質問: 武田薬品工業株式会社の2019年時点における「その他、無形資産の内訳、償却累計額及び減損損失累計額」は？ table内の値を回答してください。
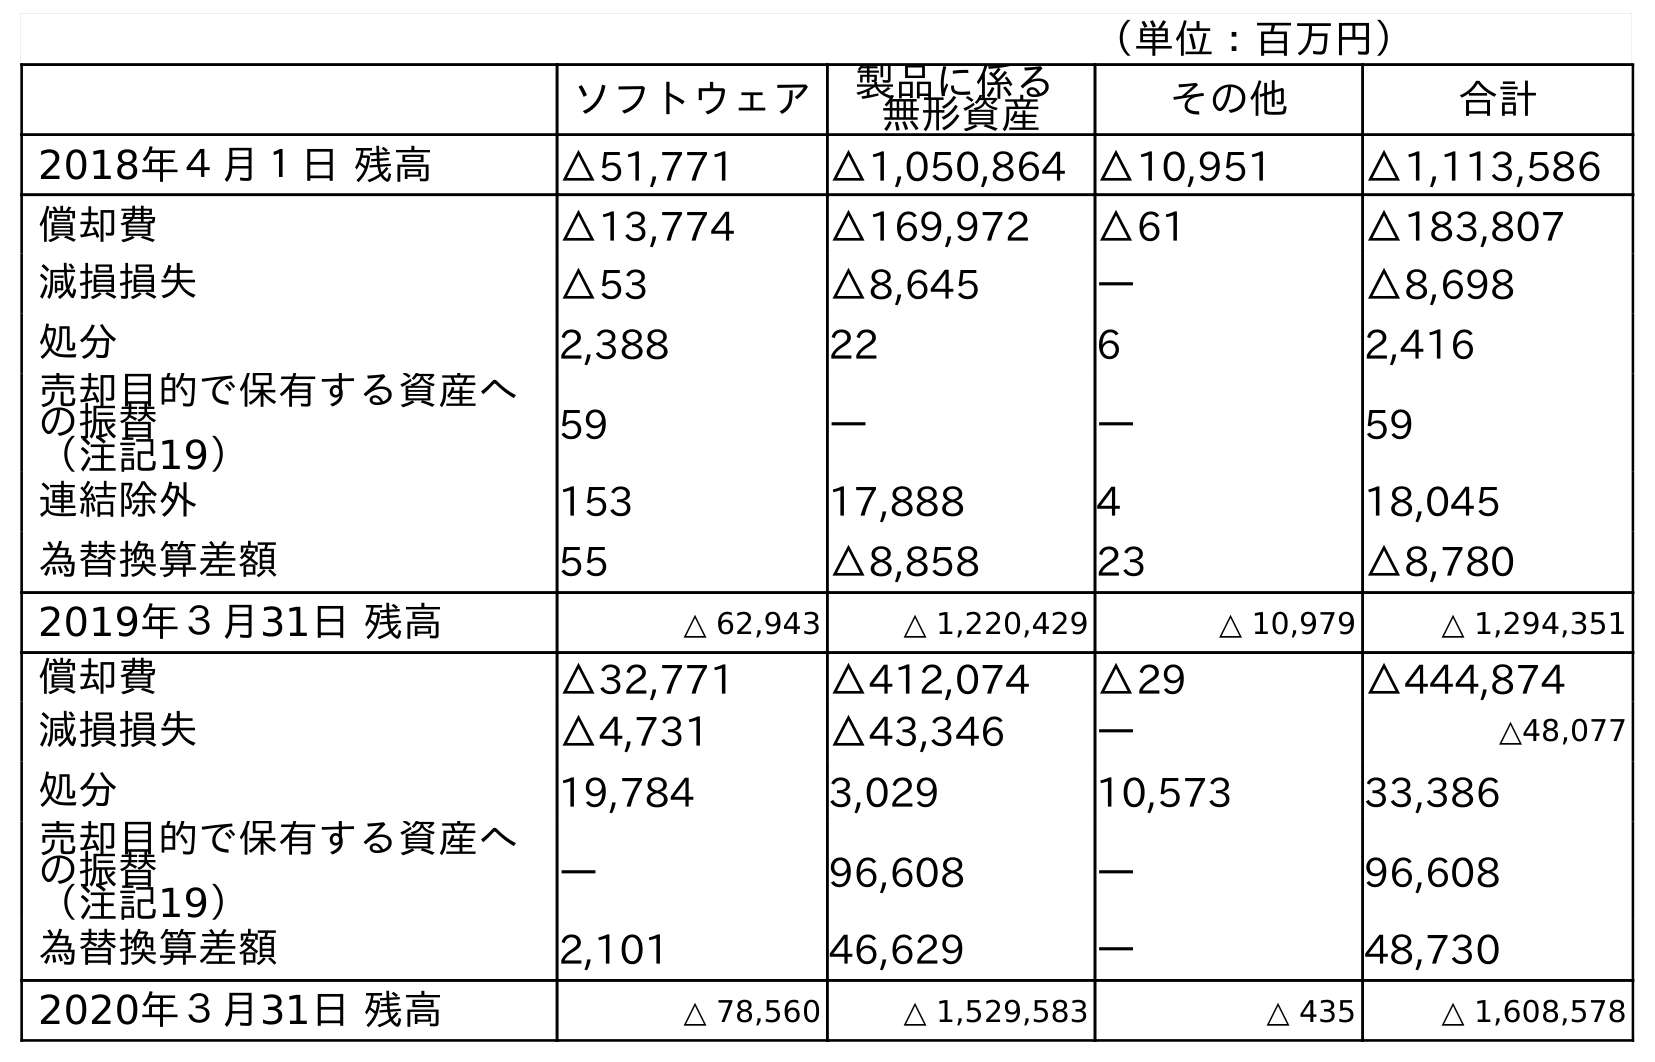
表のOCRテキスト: （単位：百万円） ソフトウェア 製品に係る 無形資産 その他 合計 2018年４月１日 残高 △51,771 △1,050,864 △10,951 △1,113,586 償却費 △13,774 △169,972 △61 △183,807 減損損失 △53 △8,645 ― △8,698 処分 2,388 22 6 2,416 売却目的で保有する資産へ の振替 （注記19） 59 ― ― 59 連結除外 153 17,888 4 18,045 為替換算差額 55 △8,858 23 △8,780 2019年３月31日 残高 △ 62,943 △ 1,220,429 △ 10,979 △ 1,294,351 償却費 △32,771 △412,074 △29 △444,874 減損損失 △4,731 △43,346 ― △48,077 処分 19,784 3,029 10,573 33,386 売却目的で保有する資産へ の振替 （注記19） ― 96,608 ― 96,608 為替換算差額 2,101 46,629 ― 48,730 2020年３月31日 残高 △ 78,560 △ 1,529,583 △ 435 △ 1,608,578
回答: △10,979